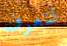
لنعرف